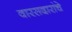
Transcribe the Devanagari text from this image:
वारसदारांचे